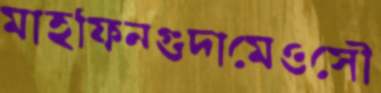
মাহফিনগুদামেওসৌ